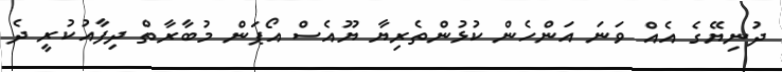
ދުނިޔޭގެ އެއް ވަނަ އަންހެން ކުޅުންތެރިޔާ ޔޫއެސް އޯޕަން މުބާރާތް ދިފާއުކުރީ ދެ